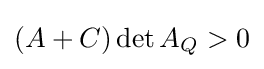
(A+C)\det A_{Q}>0